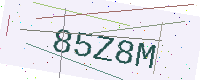
Text: 85Z8M